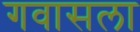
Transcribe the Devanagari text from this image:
गवासला